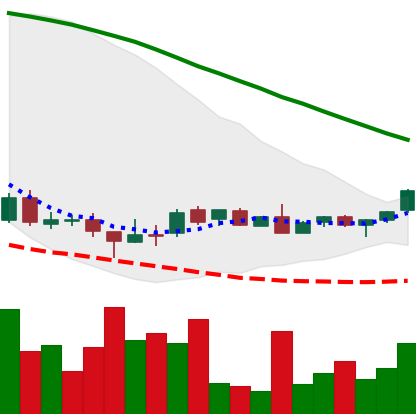
Ticker: DOGE-USD
Chart end date: 2018-08-28
Forward return: 91.753%
Label: up_7plus